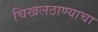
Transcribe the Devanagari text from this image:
चिखलठाण्याचा